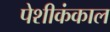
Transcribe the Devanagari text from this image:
पेशीकंकाल